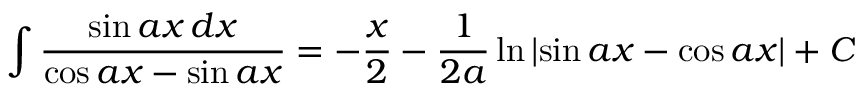
\int { \frac { \sin a x \, d x } { \cos a x - \sin a x } } = - { \frac { x } { 2 } } - { \frac { 1 } { 2 a } } \ln \left| \sin a x - \cos a x \right| + C